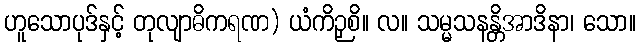
ဟူသောပုဒ်နှင့် တုလျာဓိကရဏ) ယံကိဉှစိ။ လ။ သမ္မသနန္တိအာဒိနာ၊ သော။